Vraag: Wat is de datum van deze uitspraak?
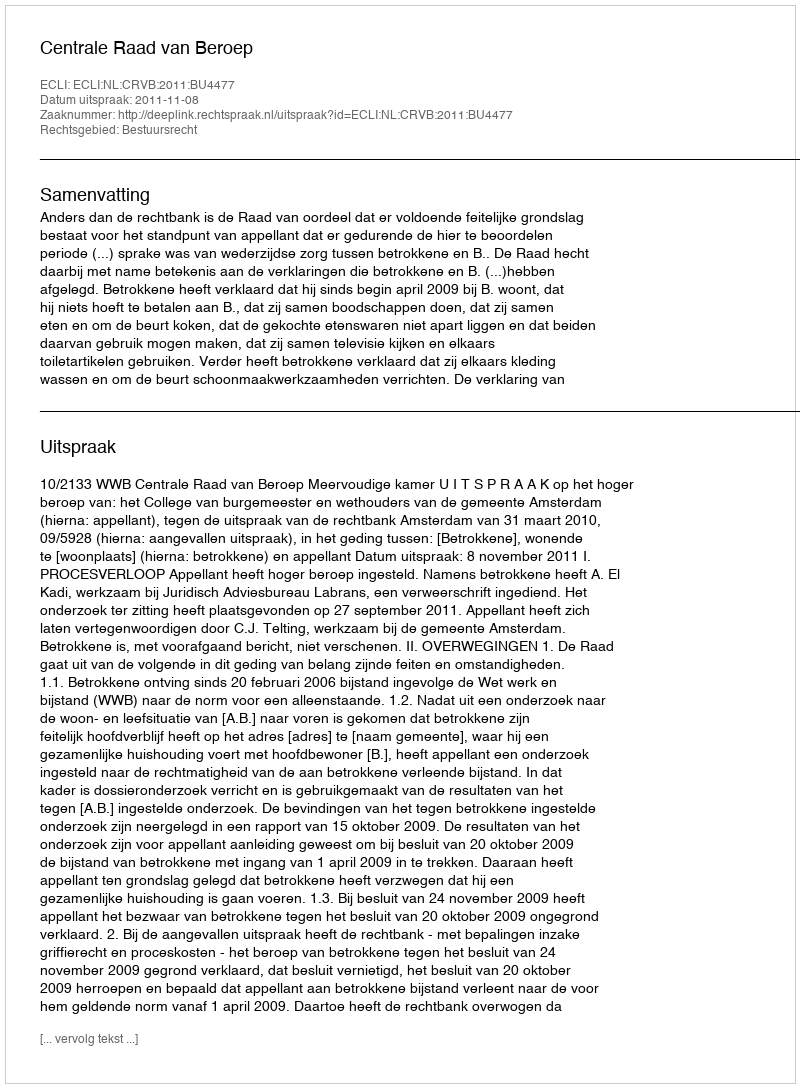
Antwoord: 2011-11-08